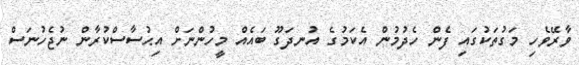
ވާރޭވެހި މަގުތަކުގައި ފެން ހެދުމުން އެކަމުގެ އުނދަގޫ ބައެއް މީހުންނަށް އިޙުސާސްކުރާން ނުޖެހުނަސް